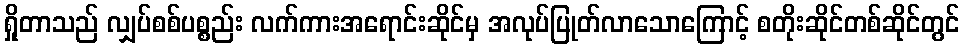
ရှိုတာသည် လျှပ်စစ်ပစ္စည်း လက်ကားအရောင်းဆိုင်မှ အလုပ်ပြုတ်လာသောကြောင့် စတိုးဆိုင်တစ်ဆိုင်တွင်